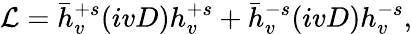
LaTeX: {\cal L}=\bar{h}_{v}^{+s}(ivD)h_{v}^{+s}+\bar{h}_{v}^{-s}(ivD)h_{v}^{-s},